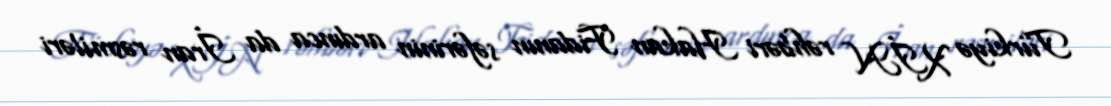
Türkiyə XİN rəhbəri Hakan Fidanın səfərinin ardınca da İran rəsmiləri